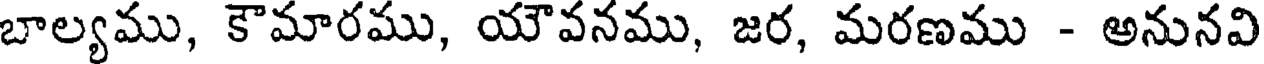
బాల్యము, కౌమారము, యౌవనము, జర, మరణము - అనునవి